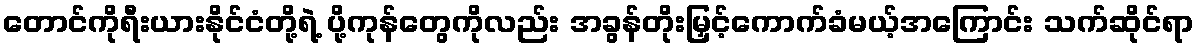
တောင်ကိုရီးယားနိုင်ငံတို့ရဲ့ ပို့ကုန်တွေကိုလည်း အခွန်တိုးမြှင့်ကောက်ခံမယ့်အကြောင်း သက်ဆိုင်ရာ